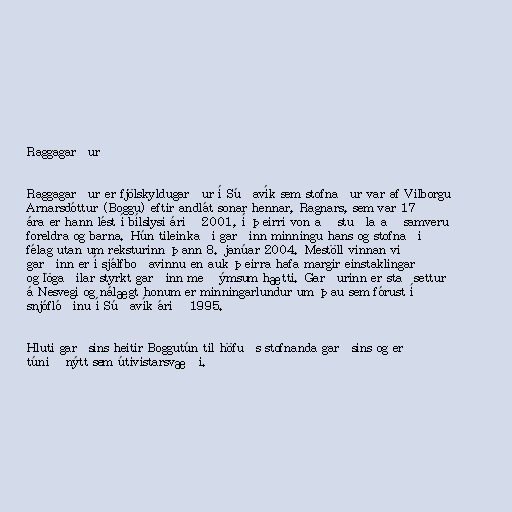
Raggagarður

Raggagarður er fjölskyldugarður í Súðavík sem stofnaður var af Vilborgu
Arnarsdóttur (Boggu) eftir andlát sonar hennar, Ragnars, sem var 17
ára er hann lést í bílslysi árið 2001, í þeirri von að stuðla að samveru
foreldra og barna. Hún tileinkaði garðinn minningu hans og stofnaði
félag utan um reksturinn þann 8. janúar 2004. Mestöll vinnan við
garðinn er í sjálfboðavinnu en auk þeirra hafa margir einstaklingar
og lögaðilar styrkt garðinn með ýmsum hætti. Garðurinn er staðsettur
á Nesvegi og nálægt honum er minningarlundur um þau sem fórust í
snjóflóðinu í Súðavík árið 1995.

Hluti garðsins heitir Boggutún til höfuðs stofnanda garðsins og er
túnið nýtt sem útivistarsvæði.